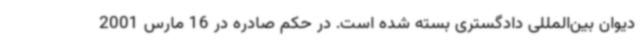
دیوان بین‌المللی دادگستری بسته شده است. در حکم صادره در 16 مارس 2001